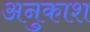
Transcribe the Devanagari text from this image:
अनुकाश